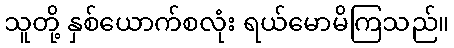
သူတို့ နှစ်ယောက်စလုံး ရယ်မောမိကြသည်။